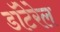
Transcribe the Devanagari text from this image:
डॉटेरेल